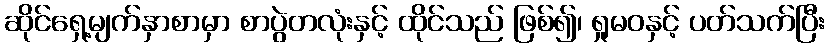
ဆိုင်ရှေ့မျက်နှာစာမှာ စာပွဲတလုံးနှင့် ထိုင်သည် ဖြစ်၍၊ ရှုမဝနှင့် ပတ်သက်ပြီး